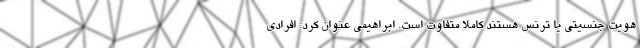
هویت جنسیتی یا ترنس هستند کاملا متفاوت است. ابراهیمی عنوان کرد: افرادی